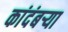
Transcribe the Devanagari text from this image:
कांदंबर्‍या